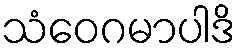
သံဝေဂမာပါဒိ